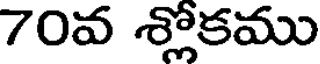
70వ శ్లోకము